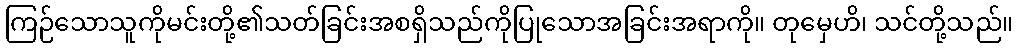
ကြဉ်သောသူကိုမင်းတို့၏သတ်ခြင်းအစရှိသည်ကိုပြုသောအခြင်းအရာကို။ တုမှေဟိ၊ သင်တို့သည်။